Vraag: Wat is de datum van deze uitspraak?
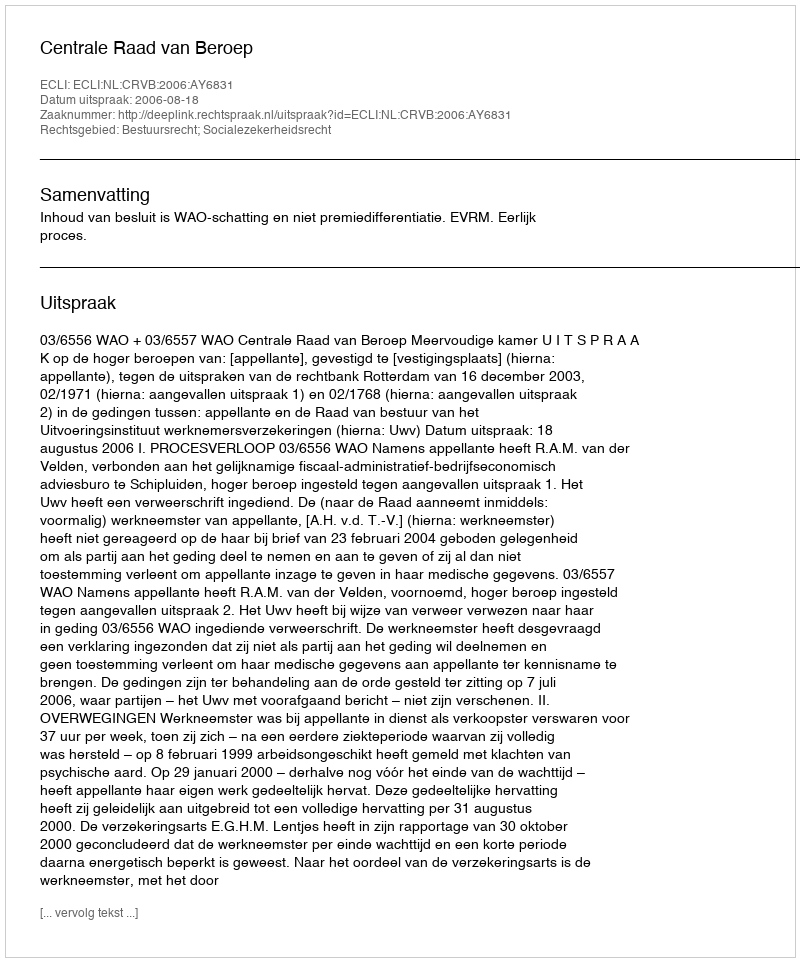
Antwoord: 2006-08-18